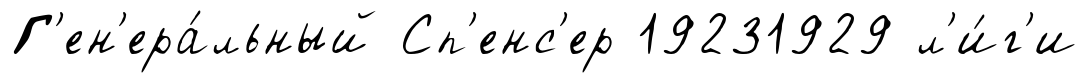
Г'ен'ера́льный Сп'енс'ер 19231929 л'и́г'и